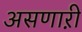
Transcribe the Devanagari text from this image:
असणाऱी